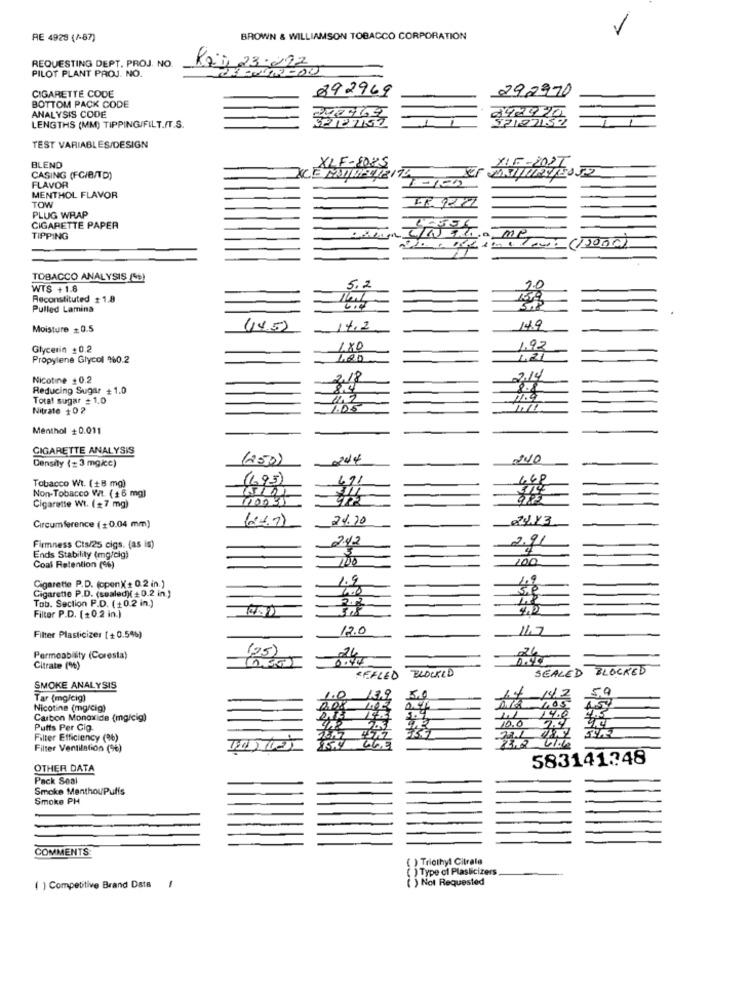
-
RE 4928 (1-87)
BROWN & WILLIAMSON TOBACCO CORPORATION
REQUESTING DEPT. PROJ. NO.
Raj 23.022
PILOT PLANT PROJ. NO.
CIGARETTE CODE
892969
292970
BOTTOM PACK CODE
ANALYSIS CODE
1
LENGTHS (MM) TIPPING/FILT./T.S.
TEST VARIABLES/DESIGN
BLEND
LF-8085
XIE-2021
CASING (FC/B/TD)
FLAVOR
MENTHOL FLAVOR
TOW
PLUG WRAP
CIGARETTE PAPER
TIPPING
me
220/005 (12000)
TOBACCO ANALYSIS (S)
WTS +1.8
5.2
Reconstituted # 1.8
Pulled Lamina
6,0
Moisture =0.5
(14.5)
14.2
14.9
Glycerin +0.2
180
1.92
Propylene Glycol 960.2
1.20
1.21
Nicotine +0.2
2.18
214
Reducing Sugar +1.0
Total sugar # 1.0
11.4
Nitrate +02
1.05
Menthol +0.011
CIGARETTE ANALYSIS
(250)
244
240
Density (= 3 mg/cc)
Tobacco Wi. (+8 mg)
(693)
Non-Tobacco Wt. ( +6 mg)
Cigarette Wt. (+7 mg)
2%.20
2013
Circumference (+0.04 mm)
242
2.91
Firmness Cts/25 cigs. (as is)
Ends Stability (mg/cig)
100
100
Coal Retention (%)
1.9
4.9
Cigarette P.D. (openX + 0.2 in. )
Cigarette P.D. (sealed)( + 0.2 in.)
Tob. Section P.D. (+0.2 in.)
Filter P.D. (+0.2 in.)
12.0
11.7
Filter Plasticizer [+0.5%)
(25)
Permeability (Coresta)
Citrate (%)
BLOCKED
SEALED
BLOCKED
REFLED
SMOKE ANALYSIS
50
Tar (mg/cig)
14 142
Nicotine (mg/cig)
2.08
Carbon Monoxide (mg/cig)
10.0
14.0
4.5
9.4
Putts Per Cig.
Filter Efficiency (2%)
Filter Ventilation (%)
583141348
OTHER DATA
Pack Soal
Smoke MenthouPuffs
Smoke PH
COMMENTS
( ) Triothyl Citrate
( ) Type of Plasticizers
-
( ) Not Requested
( ) Competitive Brand Data